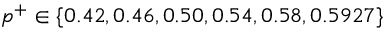
p ^ { + } \in \{ 0 . 4 2 , 0 . 4 6 , 0 . 5 0 , 0 . 5 4 , 0 . 5 8 , 0 . 5 9 2 7 \}